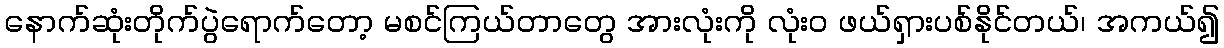
နောက်ဆုံးတိုက်ပွဲရောက်တော့ မစင်ကြယ်တာတွေ အားလုံးကို လုံးဝ ဖယ်ရှားပစ်နိုင်တယ်၊ အကယ်၍